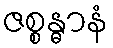
ဇစ္စန္ဓာနံ